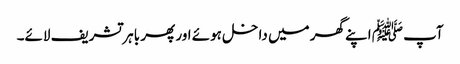
آپ ﷺ اپنے گھر میں داخل ہوئے اور پھر باہر تشریف لائے۔